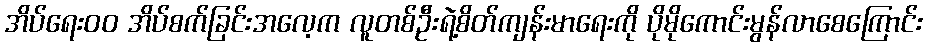
အိပ်ရေးဝဝ အိပ်စက်ခြင်းအလေ့က လူတစ်ဦးရဲ့စိတ်ကျန်းမာရေးကို ပိုမိုကောင်းမွန်လာစေကြောင်း